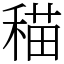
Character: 䅦